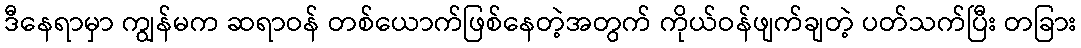
ဒီနေရာမှာ ကျွန်မက ဆရာဝန် တစ်ယောက်ဖြစ်နေတဲ့အတွက် ကိုယ်ဝန်ဖျက်ချတဲ့ ပတ်သက်ပြီး တခြား